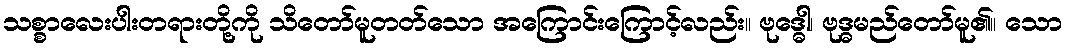
သစ္စာလေးပါးတရားတို့ကို သိတော်မူတတ်သော အကြောင်းကြောင့်လည်း။ ဗုဒ္ဓေါ၊ ဗုဒ္ဓမည်တော်မူ၏။ သော